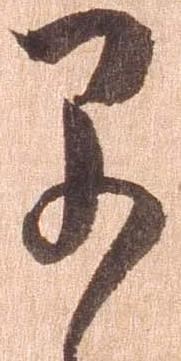
早